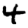
Digit: 4